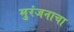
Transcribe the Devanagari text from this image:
मुरंजनाचा